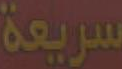
سريعة